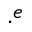
\cdot ^ { e }